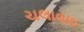
ચલાવાઇ